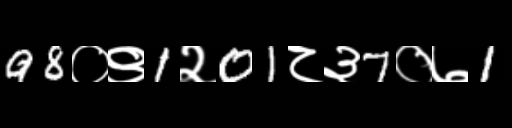
Text: 98०९1२01८३7०७1